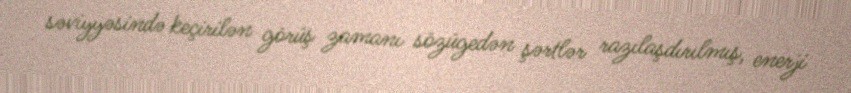
səviyyəsində keçirilən görüş zamanı sözügedən şərtlər razılaşdırılmış, enerji